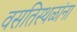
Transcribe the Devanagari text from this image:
वसतिस्थळांना